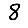
Digit: 8